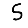
Digit: 5